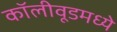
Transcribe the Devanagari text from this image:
कॉलीवूडमध्ये